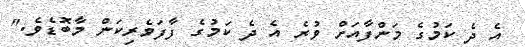
އެ ދެ ކަމުގެ މަންފާއަށް ވުރެ އެ ދެ ކަމުގެ ފާފަވެރިކަން މާބޮޑެވެ."